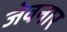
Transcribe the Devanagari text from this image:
जेवनार